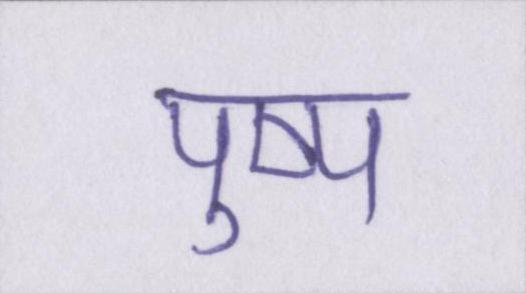
पुष्प